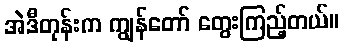
အဲဒီတုန်းက ကျွန်တော် တွေးကြည့်တယ်။